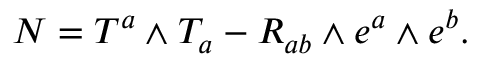
N = T ^ { a } \mathrm { \tiny ~ \wedge ~ } T _ { a } - R _ { a b } \mathrm { \tiny ~ \wedge ~ } e ^ { a } \mathrm { \tiny ~ \wedge ~ } e ^ { b } .